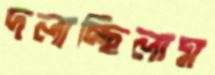
দলাচ্ছিলাম